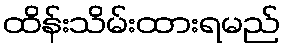
ထိန်းသိမ်းထားရမည်